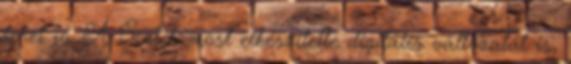
lehet jó. A Scotch most elkészítette digitális változatát is,